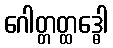
ဂေါတ္တတ္ထဒ္ဓေါ